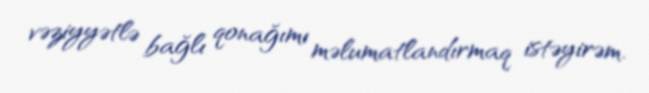
vəziyyətlə bağlı qonağımı məlumatlandırmaq istəyirəm.